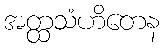
အတ္ထသံဟိတေန